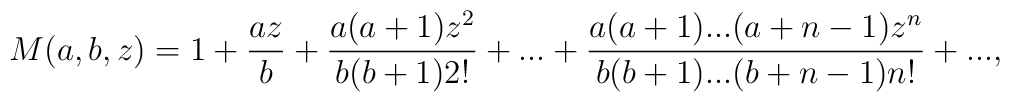
M(a,b,z)=1+\frac{az}{b}+\frac{a(a+1)z^{2}}{b(b+1)2!}+...  +\frac{a(a+1)...(a+n-1)z^{n}}{b(b+1)...(b+n-1)n!}+...,